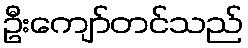
ဦးကျော်တင်သည်